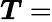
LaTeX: {\boldsymbol{T}}=